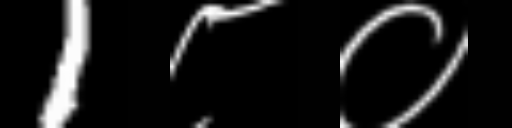
Text: 1८०